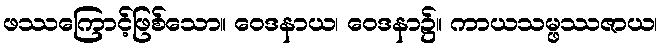
ဖဿကြောင့်ဖြစ်သော။ ဝေဒနာယ၊ ဝေဒနာ၌။ ကာယသမ္ဖဿဇာယ၊